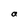
Character: a